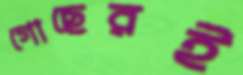
গোছেরই